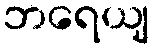
ဘရေယျ